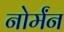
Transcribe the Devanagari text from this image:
नोर्मंन